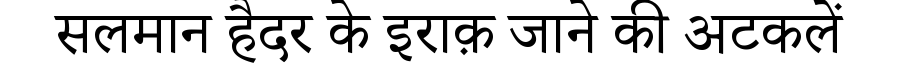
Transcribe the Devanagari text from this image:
सलमान हैदर के इराक़ जाने की अटकलें